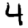
Digit: 4